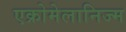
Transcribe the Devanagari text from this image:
एक्रोमेलानिज्म